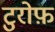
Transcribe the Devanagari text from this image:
टुरोफ़